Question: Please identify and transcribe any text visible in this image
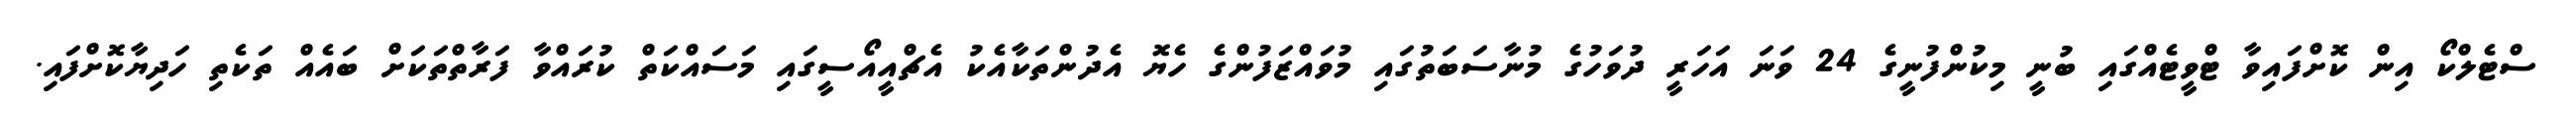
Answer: ސްޓެލްކޯ އިން ކޮށްފައިވާ ޓްވީޓެއްގައި ބުނީ މިކުންފުނީގެ 24 ވަނަ އަހަރީ ދުވަހުގެ މުނާސަބަތުގައި މުވައްޒަފުންގެ ހެޔޮ އެދުންތަކާއެކު އެޗްއީއޯސީގައި މަސައްކަތް ކުރައްވާ ފަރާތްތަކަށް ބައެއް ތަކެތި ހަދިޔާކޮށްފައި.